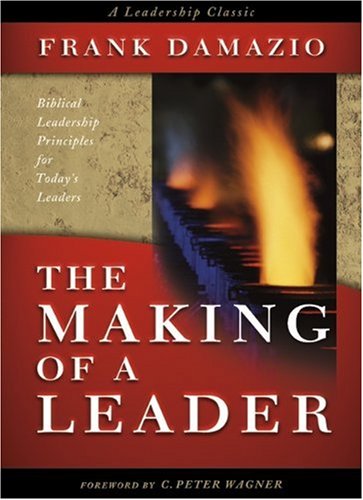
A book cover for The Making Of A Leader; Frank Damazio; Christian Books & Bibles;